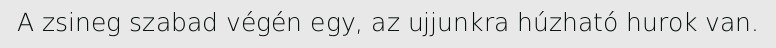
A zsineg szabad végén egy, az ujjunkra húzható hurok van.